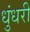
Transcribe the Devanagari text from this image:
धुंधरी